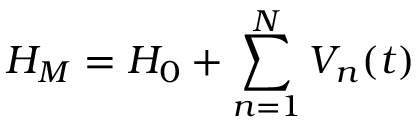
H _ { M } = H _ { 0 } + \sum _ { n = 1 } ^ { N } V _ { n } ( t )